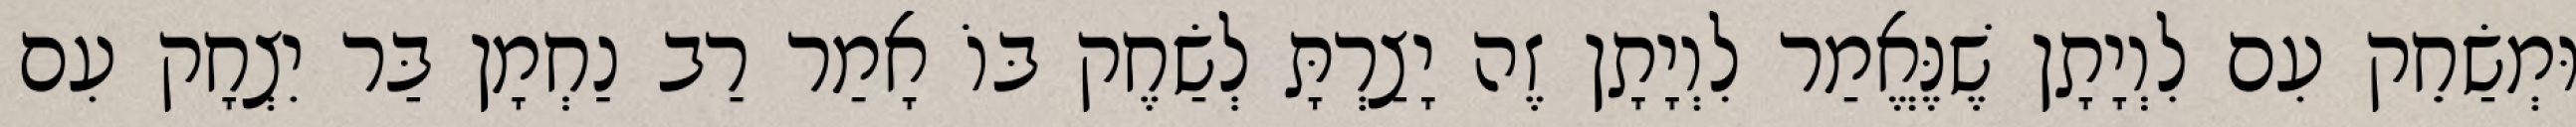
וּמְשַׂחֵק עִם לִוְיָתָן שֶׁנֶּאֱמַר לִוְיָתָן זֶה יָצַרְתָּ לְשַׂחֶק בּוֹ אָמַר רַב נַחְמָן בַּר יִצְחָק עִם